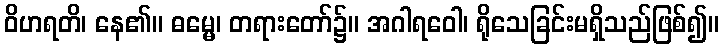
ဝိဟရတိ၊ နေ၏။ ဓမ္မေ၊ တရားတော်၌။ အဂါရဝေါ၊ ရိုသေခြင်းမရှိသည်ဖြစ်၍။